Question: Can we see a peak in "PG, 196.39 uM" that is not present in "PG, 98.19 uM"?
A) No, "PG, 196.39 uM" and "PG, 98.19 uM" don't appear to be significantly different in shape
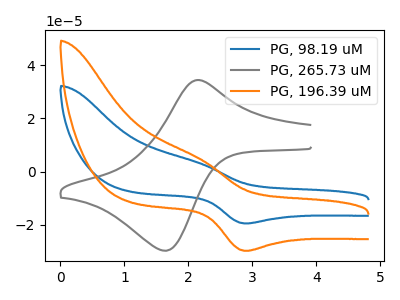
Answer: <think>The blue curve "PG, 98.19 uM" has an anodic peak at (2.15V, 3.45uA) and a cathodic peak at (2.90V, -19.60uA). The gray curve "PG, 265.73 uM" has an anodic peak at (2.15V, 34.50uA) and a cathodic peak at (1.60V, -29.85uA). The orange curve "PG, 196.39 uM" has an anodic peak at (2.15V, 5.30uA) and a cathodic peak at (2.90V, -29.90uA).
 All the peaks in "PG, 196.39 uM" have a peak in "PG, 98.19 uM" at the same potential. Every peak in "PG, 196.39 uM" is higher than every peak in "PG, 98.19 uM".</think>
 <answer>A) No, "PG, 196.39 uM" and "PG, 98.19 uM" don't appear to be significantly different in shape</answer>
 <eval>A</eval>